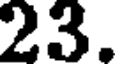
23.